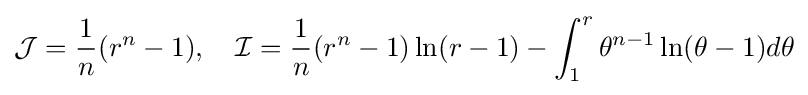
{\mathcal {J}}={\frac {1}{n}}(r^{n}-1),\quad {\mathcal {I}}={\frac {1}{n}}(r^{n}-1)\ln(r-1)-\int _{1}^{r}\theta ^{n-1}\ln(\theta -1)d\theta